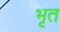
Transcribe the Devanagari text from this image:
भृत